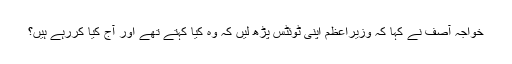
خواجہ آصف نے کہا کہ وزیراعظم اپنی ٹوئٹس پڑھ لیں کہ وہ کیا کہتے تھے اور آج کیا کررہے ہیں؟